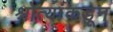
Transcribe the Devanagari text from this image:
श्रोत्यांकडून